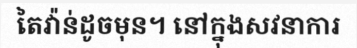
តៃវ៉ាន់ដូចមុន។ នៅក្នុងសវនាការ